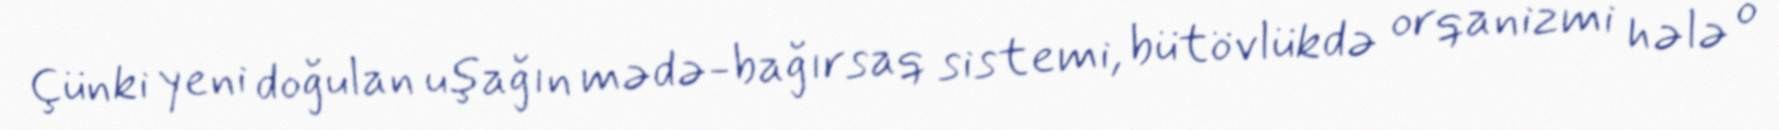
Çünki yeni doğulan uşağın mədə-bağırsaq sistemi, bütövlükdə orqanizmi hələ o